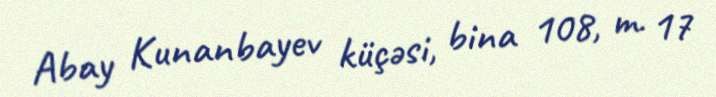
Abay Kunanbayev küçəsi, bina 108, m. 17